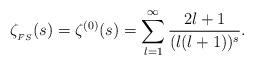
LaTeX: \begin{align*}\zeta_{{}_{FS}}(s)=\zeta^{(0)}(s)=\sum_{l=1}^\infty \frac{2l+1}{(l(l+1))^s}.\end{align*}